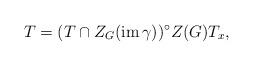
LaTeX: \begin{align*}T = (T \cap Z_G ( \mathrm{im} \, \gamma ))^\circ Z(G) T_x ,\end{align*}